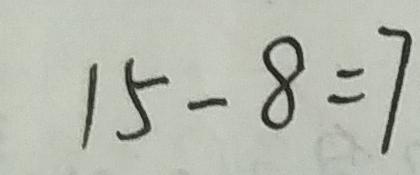
1 5 - 8 = 7